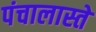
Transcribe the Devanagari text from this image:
पंचालास्ते